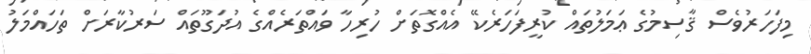
މިފަހަރުވެސް ޤާސިމުގެ ޢަމަލުތައް ކުރީފަހަރެކޭ އެއްގޮތަށް ހުރިހާ ވައްތަރެއްގެ އުދަގޫތައް ސަރުކާރަށް ތަހައްމަލު